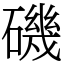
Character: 磯